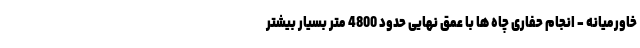
خاورميانه - انجام حفاری چاه ها با عمق نهایی حدود 4800 متر بسيار بيشتر